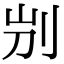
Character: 𠛕